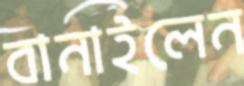
বানাইলেন